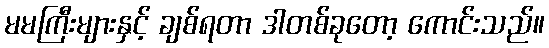
မမကြီးများနှင့် ချစ်ရတာ ဒါတစ်ခုတော့ ကောင်းသည်။